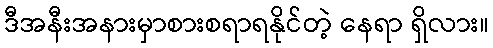
ဒီအနီးအနားမှာစားစရာရနိုင်တဲ့ နေရာ ရှိလား။